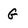
Character: G